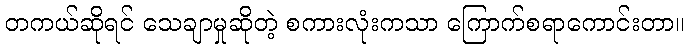
တကယ်ဆိုရင် သေချာမှုဆိုတဲ့ စကားလုံးကသာ ကြောက်စရာကောင်းတာ။